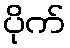
ပိုက်